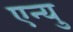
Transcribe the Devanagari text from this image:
एन्यु